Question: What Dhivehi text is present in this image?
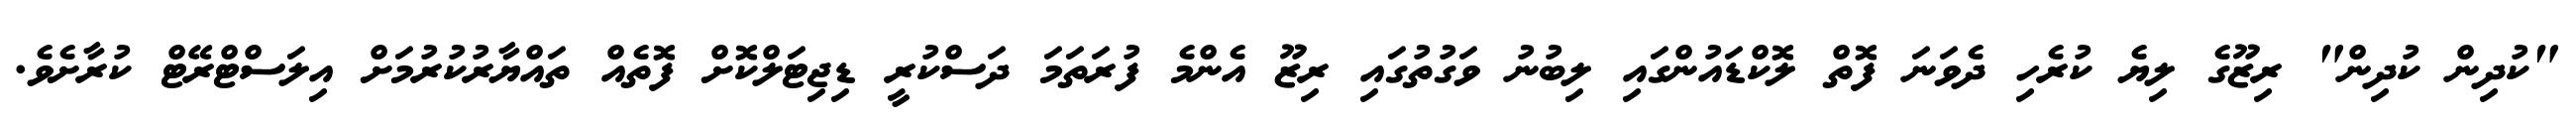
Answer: "ކުދިން ކުދިން" ރިޒޫގެ ލިޔެ ކުރެހި ދެވަނަ ފޮތް ލޮކްޑައުންގައި ލިބުނު ވަގުތުގައި ރިޒޫ އެންމެ ފުރަތަމަ ދަސްކުރީ ޑިޖިޓަލްކޮށް ފޮތެއް ތައްޔާރުކުރުމަށް އިލަސްޓްރޭޓް ކުރާށެވެ.